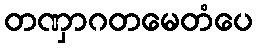
တဏှာဂတမေတံပေ